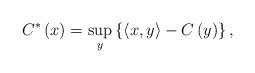
LaTeX: \begin{align*}C^{\ast}\left( x\right) =\sup_{y}\left\{ \left\langle x,y\right\rangle-C\left( y\right) \right\} ,\end{align*}